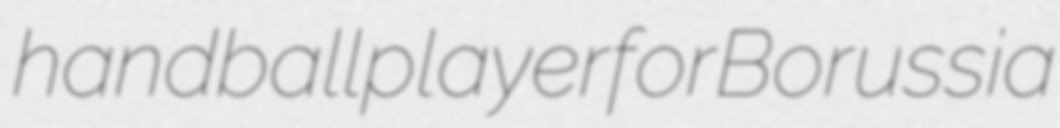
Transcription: handball player for Borussia